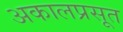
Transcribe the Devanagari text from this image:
अकालप्रसूत